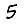
Digit: 5